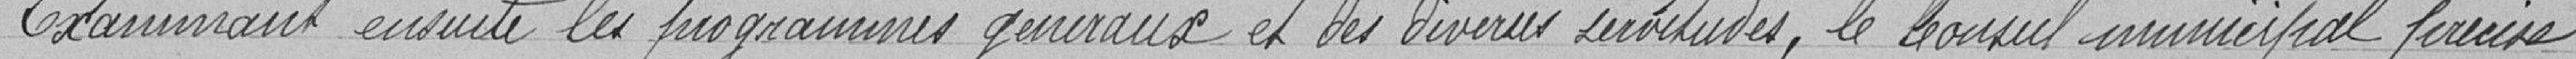
Examinant ensuite les programmes généraux et les diverses servitudes, le Conseil municipal précise